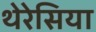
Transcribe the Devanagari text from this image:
थेरेसिया